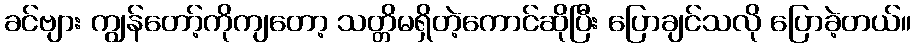
ခင်ဗျား ကျွန်တော့်ကိုကျတော့ သတ္တိမရှိတဲ့ကောင်ဆိုပြီး ပြောချင်သလို ပြောခဲ့တယ်။